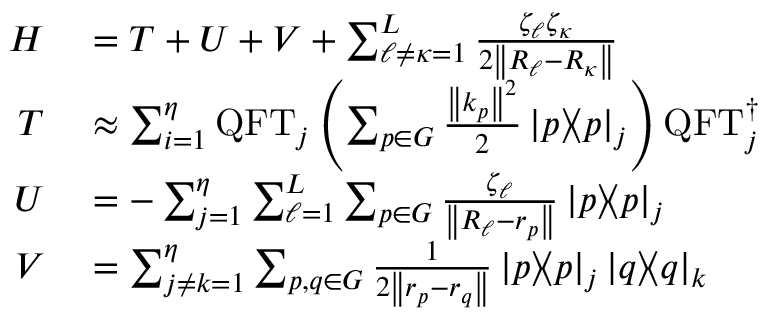
\begin{array} { r l } { H } & { { } = T + U + V + \sum _ { \ell \neq \kappa = 1 } ^ { L } \frac { \zeta _ { \ell } \zeta _ { \kappa } } { 2 \left\| R _ { \ell } - R _ { \kappa } \right\| } } \\ { T } & { { } \approx \sum _ { i = 1 } ^ { \eta } \mathrm { Q F T } _ { j } \left( \sum _ { p \in G } \frac { \left\| k _ { p } \right\| ^ { 2 } } { 2 } \mathinner { | { p } \rangle } \! \! \mathinner { \langle { p } | } _ { j } \right) \mathrm { Q F T } _ { j } ^ { \dagger } } \\ { U } & { { } = - \sum _ { j = 1 } ^ { \eta } \sum _ { \ell = 1 } ^ { L } \sum _ { p \in G } \frac { \zeta _ { \ell } } { \left\| R _ { \ell } - r _ { p } \right\| } \mathinner { | { p } \rangle } \! \! \mathinner { \langle { p } | } _ { j } } \\ { V } & { { } = \sum _ { j \neq k = 1 } ^ { \eta } \sum _ { p , q \in G } \frac { 1 } { 2 \left\| r _ { p } - r _ { q } \right\| } \mathinner { | { p } \rangle } \! \! \mathinner { \langle { p } | } _ { j } \mathinner { | { q } \rangle } \! \! \mathinner { \langle { q } | } _ { k } } \end{array}